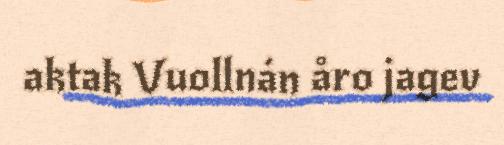
aktak Vuollnán åro jagev